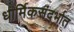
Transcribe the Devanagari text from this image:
धार्मिकसंदर्भात